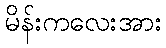
မိန်းကလေးအား